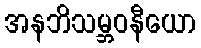
အနဘိသမ္ဘဝနီယော